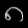
Digit: ၈